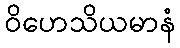
ဝိဟေသိယမာနံ